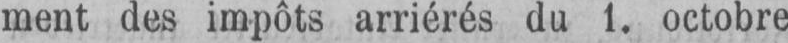
ment des impôts arriérés du 1. octobre